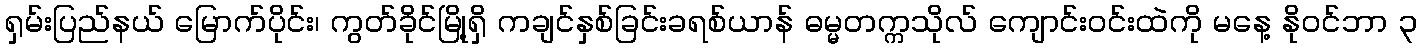
ရှမ်းပြည်နယ် မြောက်ပိုင်း၊ ကွတ်ခိုင်မြို့ရှိ ကချင်နှစ်ခြင်းခရစ်ယာန် ဓမ္မတက္ကသိုလ် ကျောင်းဝင်းထဲကို မနေ့ နိုဝင်ဘာ ၃